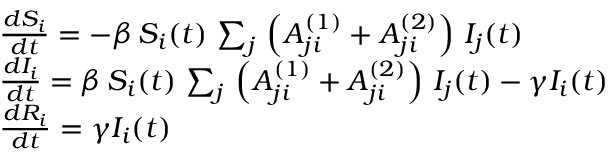
\begin{array} { l } { \frac { d S _ { i } } { d t } = - \beta \, S _ { i } ( t ) \, \sum _ { j } \, \left( A _ { j i } ^ { ( 1 ) } + A _ { j i } ^ { ( 2 ) } \right) \, I _ { j } ( t ) } \\ { \frac { d I _ { i } } { d t } = \beta \, S _ { i } ( t ) \, \sum _ { j } \, \left( A _ { j i } ^ { ( 1 ) } + A _ { j i } ^ { ( 2 ) } \right) \, I _ { j } ( t ) - \gamma I _ { i } ( t ) } \\ { \frac { d R _ { i } } { d t } = \gamma I _ { i } ( t ) } \end{array}